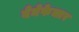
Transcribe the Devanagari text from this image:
बेनेफेक्टर